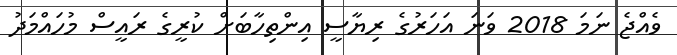
ވެއްޖެ ނަމަ 2018 ވަނަ އަހަރުގެ ރިޔާސީ އިންތިހާބަށް ކުރީގެ ރައީސް މުހައްމަދު